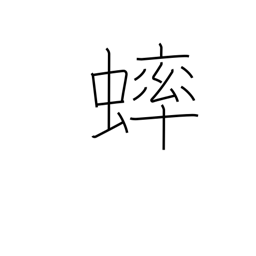
Meaning: grasshopper